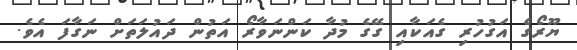
ޔޫރޯގެ އަގުހުރި ގެއަކާއި ގޭގެ މުދާ ކަންނަވާރޯ އަތުން ދައުލަތަށް ނަގާފަ އެވެ.